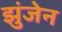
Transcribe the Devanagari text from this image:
झुंजेन